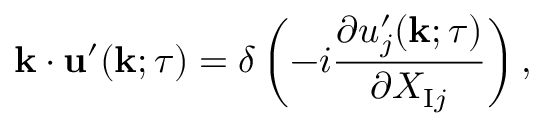
{ \bf { k } } \cdot { \bf { u } } ^ { \prime } ( { \bf { k } } ; \tau ) = \delta \left( { - i \frac { \partial u _ { j } ^ { \prime } ( { \bf { k } } ; \tau ) } { \partial X _ { \mathrm { { I } } j } } } \right) ,